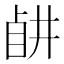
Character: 𥅶